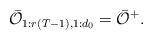
LaTeX: \begin{align*} \bar{\mathcal{O}}_{1:r(T-1),1:d_0} = \bar{\mathcal{O}}^+.\end{align*}